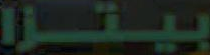
بيتزا